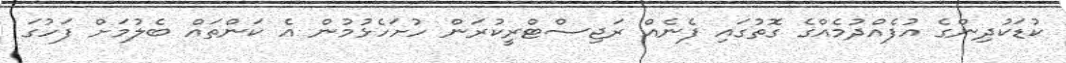
ކުޑަކުދިންގެ އުފެއްދުމެއްގެ ގޮތުގައި ފެނެއް ރަޖިސްޓްރީކުރަން ހުށަހެޅުމުން އެ ކަންތައް ބެލުމަށް ފަހުގަ